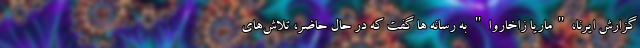
گزارش ایرنا،"ماریا زاخاروا" به رسانه ها گفت که در حال حاضر، تلاش‌های